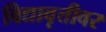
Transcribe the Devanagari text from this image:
विद्यावृत्तीवर